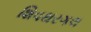
શિવથરગલ